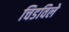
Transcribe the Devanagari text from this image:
चिडविले